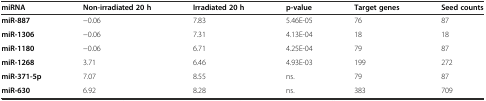
<table><thead><tr><td><b>miRNA</b></td><td><b>Non-irradiated 20 h</b></td><td><b>Irradiated 20 h</b></td><td><b>p-value</b></td><td><b>Target genes</b></td><td><b>Seed counts</b></td></tr></thead><tbody><tr><td><b>miR-887</b></td><td>−0.06</td><td>7.83</td><td>5.46E-05</td><td>76</td><td>87</td></tr><tr><td><b>miR-1306</b></td><td>−0.06</td><td>7.31</td><td>4.13E-04</td><td>18</td><td>18</td></tr><tr><td><b>miR-1180</b></td><td>−0.06</td><td>6.71</td><td>4.25E-04</td><td>79</td><td>87</td></tr><tr><td><b>miR-1268</b></td><td>3.71</td><td>6.46</td><td>4.93E-03</td><td>199</td><td>272</td></tr><tr><td><b>miR-371-5p</b></td><td>7.07</td><td>8.55</td><td>ns.</td><td>79</td><td>87</td></tr><tr><td><b>miR-630</b></td><td>6.92</td><td>8.28</td><td>ns.</td><td>383</td><td>709</td></tr></tbody></table>